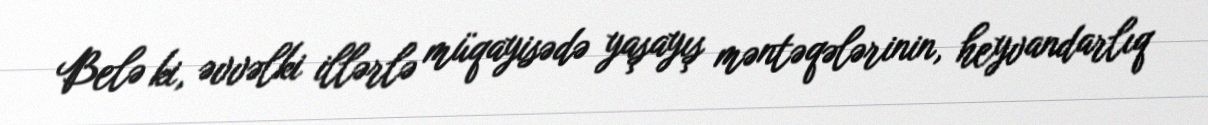
Belə ki, əvvəlki illərlə müqayisədə yaşayış məntəqələrinin, heyvandarlıq